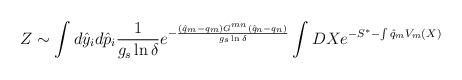
LaTeX: \begin{align*}Z \sim \int d{\hat y}_i d{\hat p}_i \frac{1}{g_s \ln\delta} e^{-\frac{({\hat q}_m -q_m)G^{mn}({\hat q}_n - q_n)}{g_s \ln\delta}} \int DXe^{-S^* -\int {\hat q}_m V_m(X)} \end{align*}